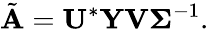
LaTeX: \tilde{\mathbf{A}}=\mathbf{U}^{*}\mathbf{Y}\mathbf{V}\boldsymbol{\Sigma}^{-1}.